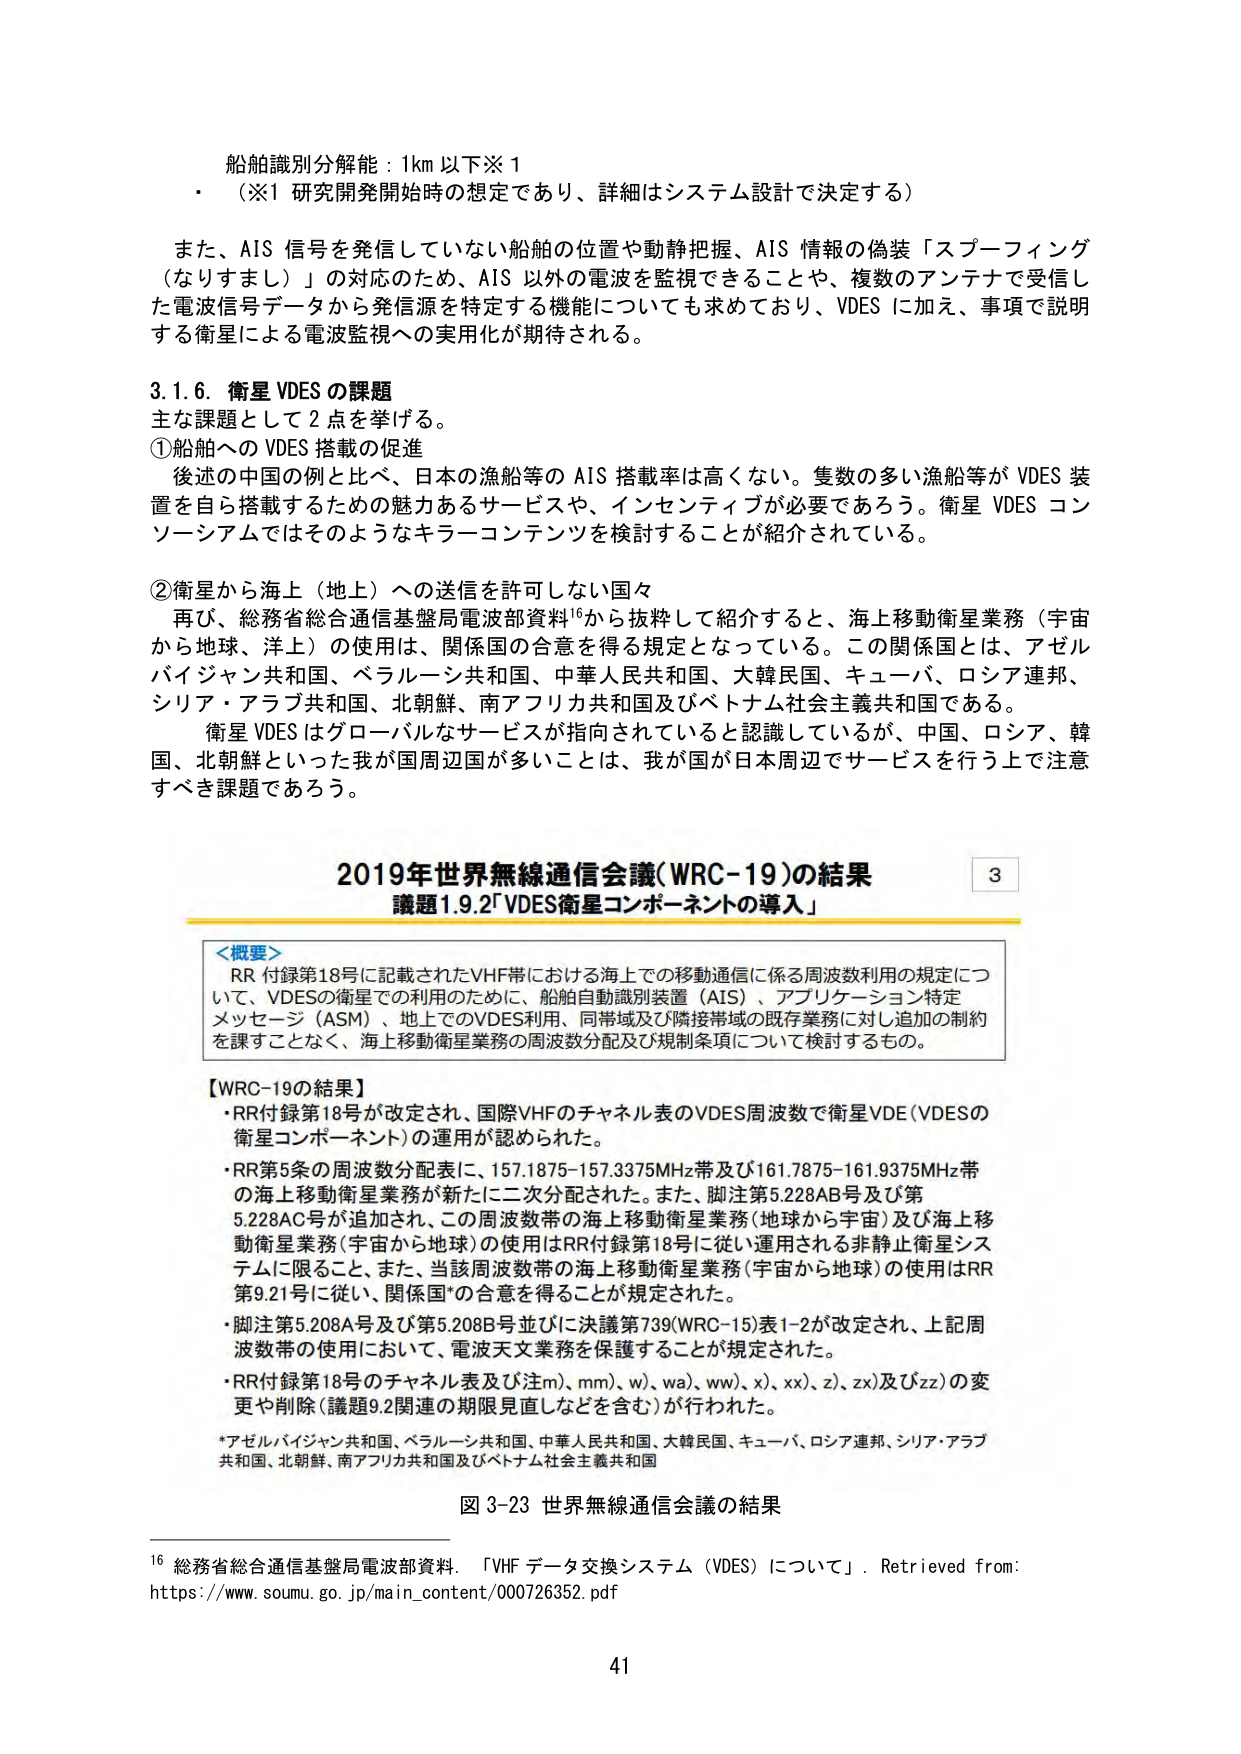
船舶識別分解能：1km以下※1
・（※1 研究開発開始時の想定であり、詳細はシステム設計で決定する）

また、AIS 信号を発信していない船舶の位置や動静把握、AIS 情報の偽装「スプーフィング（なりすまし）」の対応のため、AIS 以外の電波を監視できることや、複数のアンテナで受信した電波信号データから発信源を特定する機能についても求めており、VDES に加え、事項で説明する衛星による電波監視への実用化が期待される。

3.1.6. 衛星 VDES の課題
主な課題として 2 点を挙げる。
①船舶への VDES 搭載の促進
後述の中国の例と比べ、日本の漁船等の AIS 搭載率は高くない。隻数の多い漁船等が VDES 装置を自ら搭載するための魅力あるサービスや、インセンティブが必要であろう。衛星 VDES コンソーシアムではそのようなキラーコンテンツを検討することが紹介されている。

②衛星から海上（地上）への送信を許可しない国々
再び、総務省総合通信基盤局電波部資料¹⁶から抜粋して紹介すると、海上移動衛星業務（宇宙から地球、洋上）の使用は、関係国の合意を得る規定となっている。この関係国とは、アゼルバイジャン共和国、ベラルーシ共和国、中華人民共和国、大韓民国、キューバ、ロシア連邦、シリア・アラブ共和国、北朝鮮、南アフリカ共和国及びベトナム社会主義共和国である。
衛星 VDES はグローバルなサービスが指向されていると認識しているが、中国、ロシア、韓国、北朝鮮といった我が国周辺国が多いことは、我が国が日本周辺でサービスを行う上で注意すべき課題であろう。

2019年世界無線通信会議(WRC-19)の結果
議題1.9.2「VDES衛星コンポーネントの導入」

＜概要＞
RR 付録第18号に記載されたVHF帯における海上での移動通信に係る周波数利用の規定について、VDESの衛星での利用のために、船舶自動識別装置（AIS）、アプリケーション特定メッセージ（ASM）、地でのVDES利用、同帯域及び隣接帯域の既存業務に対し追加の制約を課すことなく、海上移動衛星業務の周波数分配及び規制条項について検討するもの。

【WRC-19の結果】
・RR付録第18号が改定され、国際VHFのチャネル表のVDES周波数で衛星VDE（VDESの衛星コンポーネント）の運用が認められた。
・RR第5条の周波数分配表に、157.1875-157.3375MHz帯及び161.7875-161.9375MHz帯の海上移動衛星業務が新たに二次分配された。また、脚注第5.228AB号及び第5.228AC号が追加され、この周波数帯の海上移動衛星業務（地球から宇宙）及び海上移動衛星業務（宇宙から地球）の使用はRR付録第18号に従い運用される非静止衛星システムに限ること、また、当該周波数帯の海上移動衛星業務（宇宙から地球）の使用はRR第9.21号に従い、関係国*の合意を得ることが規定された。
・脚注第5.208A号及び第5.208B号並びに決議第739(WRC-15)表1-2が改定され、上記周波数帯の使用において、電波天文業務を保護することが規定された。
・RR付録第18号のチャネル表及び注m)、mm)、w)、wa)、ww)、x)、xx)、z)、zx)及びzz)の変更や削除（議題9.2関連の期限見直しなどを含む）が行われた。

*アゼルバイジャン共和国、ベラルーシ共和国、中華人民共和国、大韓民国、キューバ、ロシア連邦、シリア・アラブ共和国、北朝鮮、南アフリカ共和国及びベトナム社会主義共和国

図 3-23 世界無線通信会議の結果

¹⁶ 総務省総合通信基盤局電波部資料．「VHF データ交換システム（VDES）について」．Retrieved from: https://www.soumu.go.jp/main_content/000726352.pdf

41